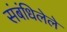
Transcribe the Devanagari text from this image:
संबंधिलेले